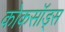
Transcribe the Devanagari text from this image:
कोकसॉड्स